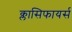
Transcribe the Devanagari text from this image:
क्लासिफायर्स